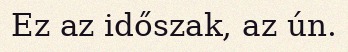
Ez az időszak, az ún.